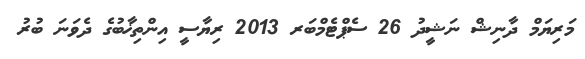
މަރިޔަމް ދާނިޝް ނަޝީދު 26 ސެޕްޓެމްބަރ 2013 ރިޔާސީ އިންތިޚާބުގެ ދެވަނަ ބުރު